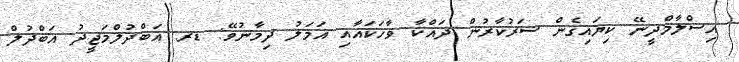
އިސްލާމްދީނޭ ކިޔައިގެން ސަރުކާރުން ދައްކާ ވާހަކައާއި އަމަލު ދިމާނުވޭ: ޑރ. އަބްދުލްމަޖީދު އަބްދުލް